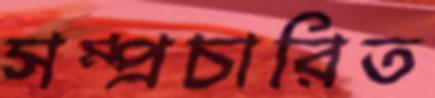
সম্প্রচারিত